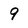
Character: 9